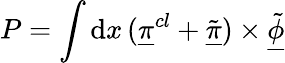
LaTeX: P=\int\mathrm{d}x\, (\underline{{{{\pi}}}}^{cl}+\underline{{{{\tilde{{\pi}}}}}})\times\underline{{{{\tilde{{\phi}}}}}}